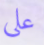
علي